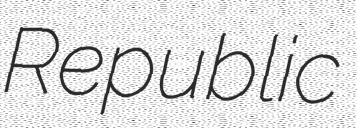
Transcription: Republic